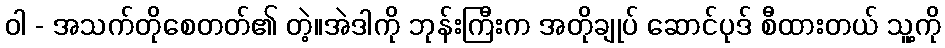
ဝါ - အသက်တိုစေတတ်၏ တဲ့။အဲဒါကို ဘုန်းကြီးက အတိုချုပ် ဆောင်ပုဒ် စီထားတယ် သူ့ကို